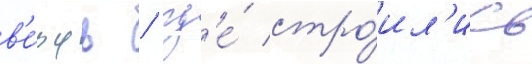
в'е́рфь / гд'е́ стро́ил'ись